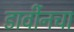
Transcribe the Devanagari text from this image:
डार्वीनचा